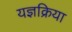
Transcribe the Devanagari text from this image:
यज्ञक्रिया